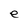
Character: e